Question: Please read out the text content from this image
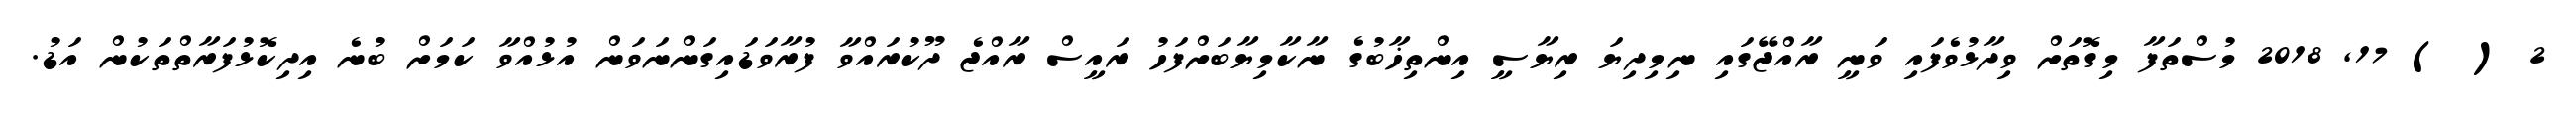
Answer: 2 ( ) 17, 2018 މުސްތަފާ މިގޮތަށް ވިދާޅުވެފައި ވަނީ ރާއްޖޭގައި ނިމިދިޔަ ރިޔާސީ އިންތިޚާބުގެ ނާކާމިޔާބަށްފަހު ރައީސް ރާއްޖެ ދޫކުރައްވާ ފުރާވަޑައިގަންނަވަން އުޅުއްވާ ކަމަށް ބުނެ އިދިކޮޅުފަރާތްތަކުން އަޑު.